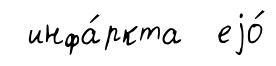
инфа́ркта еjо́